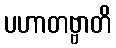
ပဟာတဗ္ဗာတိ